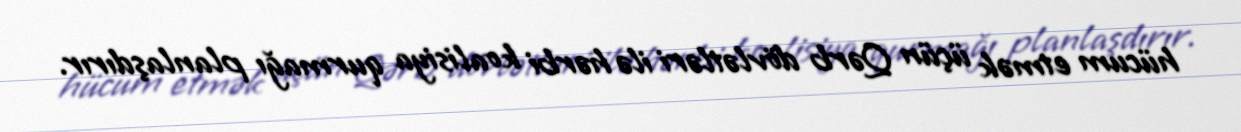
hücum etmək üçün Qərb dövlətləri ilə hərbi koalisiya qurmağı planlaşdırır.